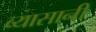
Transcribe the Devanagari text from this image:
व्यासानी